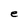
Character: e